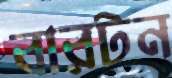
বারটন